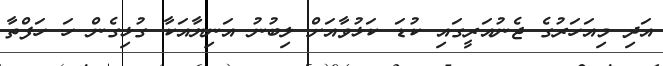
އަދި މިއަހަރުގެ ޖެނުއަރީގައި ކުޑަ ކަޅުވާއަށް ލިބުނު އަނިޔާއަކާ ގުޅިގެން ހަ ހަފްތާ